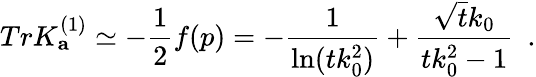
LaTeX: TrK_{\mathbf a}^{(1)}\simeq-{\frac{1}{2}}f(p)=-{\frac{1}{\ln(tk_{0}^{2})}}+{\frac{\sqrt{t}k_{0}}{tk_{0}^{2}-1}}~~.